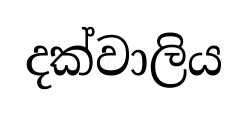
දක්වාලිය